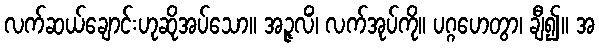
လက်ဆယ်ချောင်းဟုဆိုအပ်သော။ အဉ္ဇလိံ၊ လက်အုပ်ကို။ ပဂ္ဂဟေတွာ၊ ချီ၍။ အ